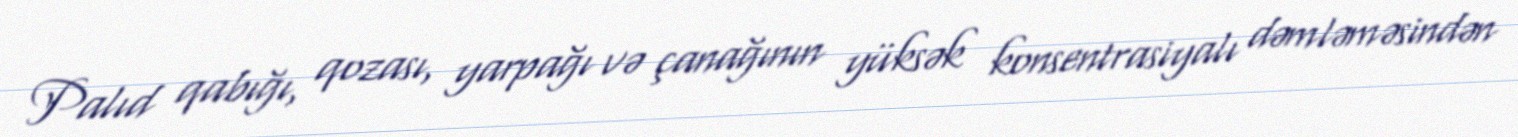
Palıd qabığı, qozası, yarpağı və çanağının yüksək konsentrasiyalı dəmləməsindən